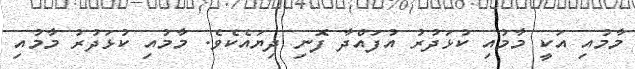
މާމުއި އަކީ މާމުއި ކުޅަދުރު އުފައްދާ ފޮނި ދިޔައެކެވެ. މާމުއި ކުޅަދުރު މާމުއި